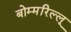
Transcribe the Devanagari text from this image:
बोम्मरिल्लू